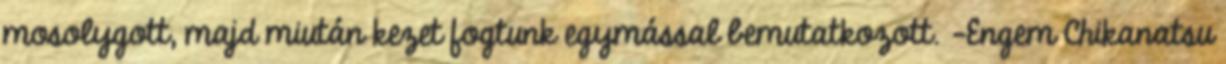
mosolygott, majd miután kezet fogtunk egymással bemutatkozott. -Engem Chikanatsu